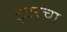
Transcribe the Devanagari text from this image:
इंटरचा